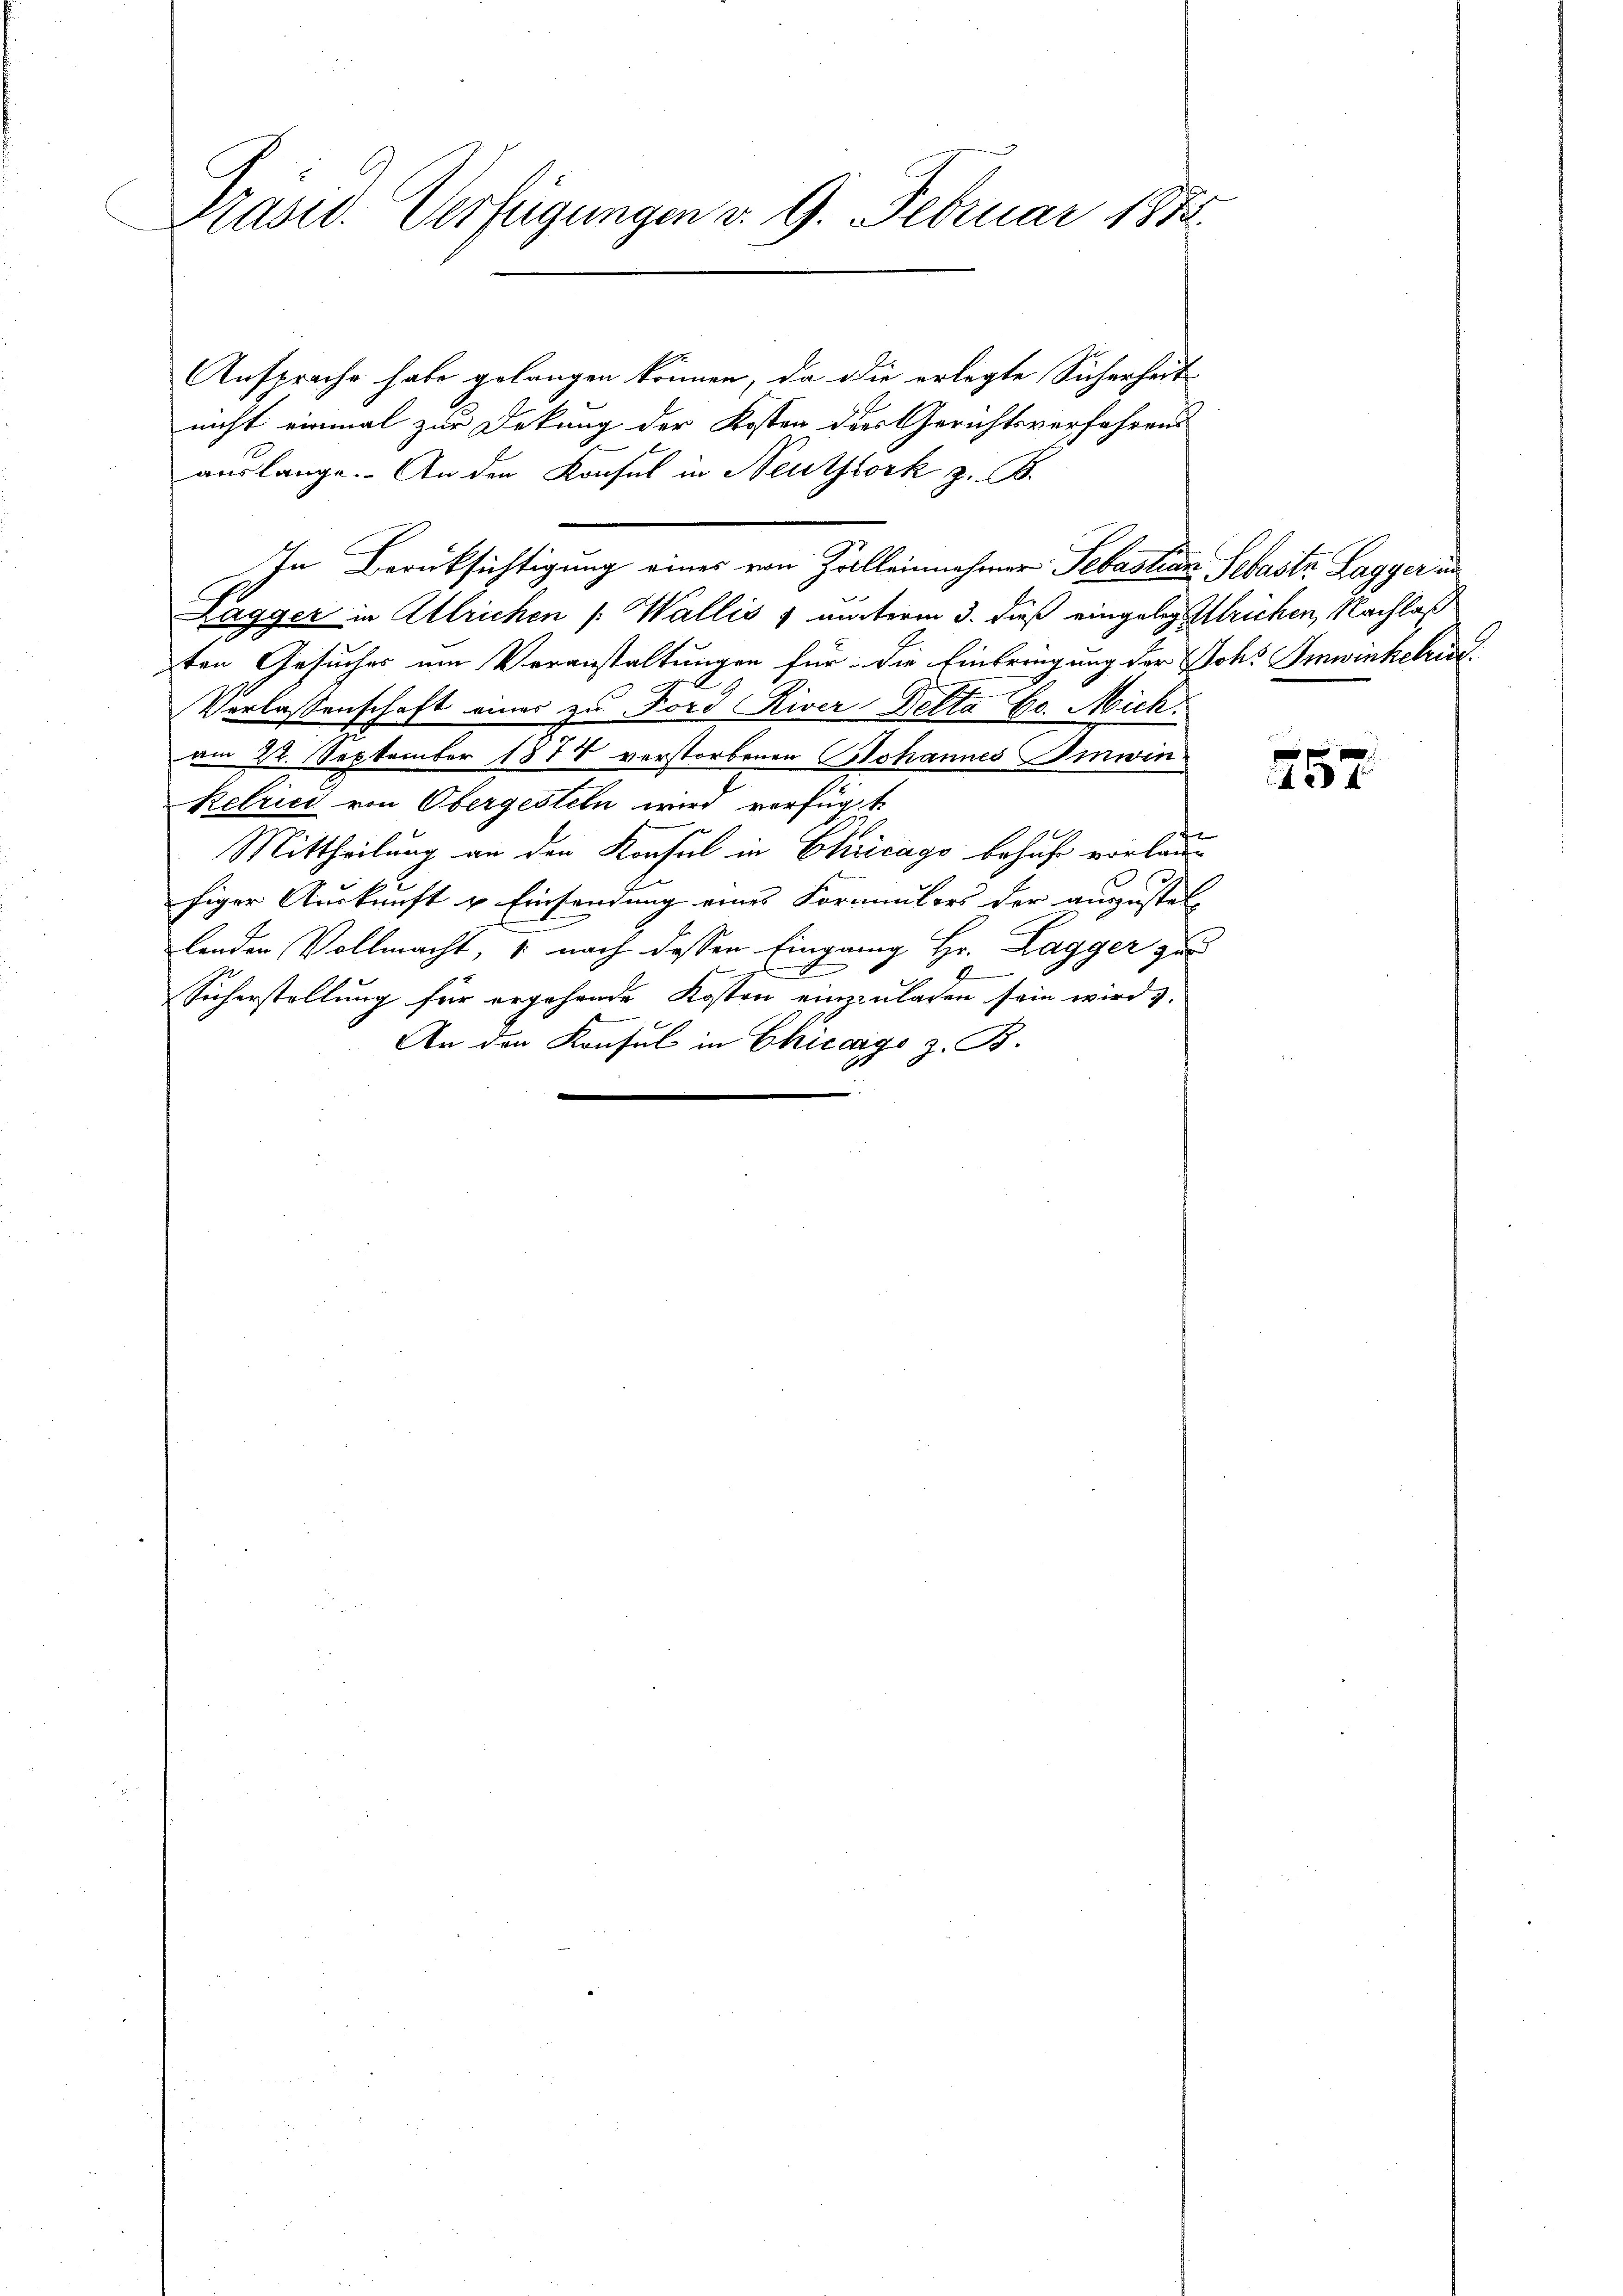
Präsid. Verfügungen d. 9. Februar 1888

Ansprache habe gelangen können, da die erlegte Sicherheit
nicht einmal zur Dekung der Kosten der Gerichtsverfahrens
auslange. An den Konsul in Neuthork z. B.
In Berüksichtigung eines von Zolleinnehmer Sebastian Sebaste Lagger in
Lagger in Attrichen (Wallis & unterm 3. dieß eingelegleichen, Nachlaß
ten Gesuches um Veranstaltungen für die Einbringung der Joh. Imwinkehrun
Verlassenschaft eines zu Ford River Delta Go. Mich.
am 22. September 1878 verstorbenen Johannes Imwin¬
Retrici von Obergesteln wird verfügt
1
Mittheilung an den Konsul in Chicago behufe vorlade
figer Auskunft u. Einsendung eines Formunters der augustel-
lenden Vollmacht, 1 nach dessen Eingang Hr. Lagger zur
Sicherstellung für ergehende Kosten einzuladen sein wird.
An den Konsul in Chicago z. B.

257